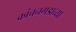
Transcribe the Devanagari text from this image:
कांचनगडाच्या